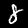
Label: 8